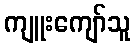
ကျူးကျော်သူ